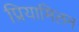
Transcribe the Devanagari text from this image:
प्रियामिलन